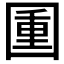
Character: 𡈈